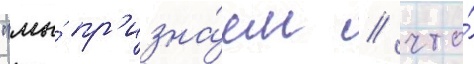
"мы́ пр'изна́ем / что́